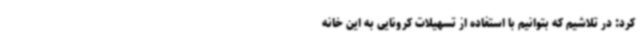
کرد: در تلاشیم که بتوانیم با استفاده از تسهیلات کرونایی به این خانه